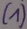
Text: (1)